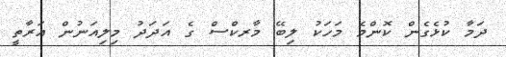
ދަމާ ކުޅެގެން ކޮންމެ މަހަކު ލިބޭ މާރކްސް ގެ އަދަދު މިލިއަނުން އަރާތީ